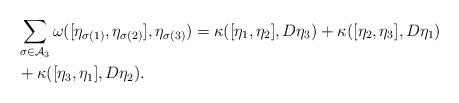
LaTeX: \begin{align*}&\sum\limits_{\sigma \in \mathcal{A}_3} \omega([\eta_{\sigma(1)} , \eta_{\sigma(2)}] , \eta_{\sigma(3)}) = \kappa ([\eta_1 , \eta_2 ], D\eta_3) + \kappa([\eta_2 , \eta_3] , D\eta_1) \\&+ \kappa ([\eta_3 , \eta_1] , D\eta_2).\end{align*}